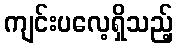
ကျင်းပလေ့ရှိသည့်